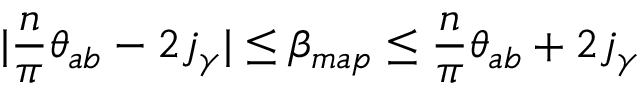
| \frac { n } { \pi } \theta _ { a b } - 2 j _ { \gamma } | \leq \beta _ { m a p } \leq \frac { n } { \pi } \theta _ { a b } + 2 j _ { \gamma }